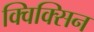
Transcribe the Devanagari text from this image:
क्विक्सिन